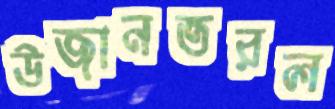
উজানতরল